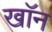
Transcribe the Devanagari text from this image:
खाॅन